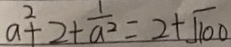
a ^ { 2 } + 2 + \frac { 1 } { a ^ { 2 } } = 2 + \sqrt { 1 0 0 }